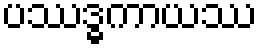
ပဿဒ္ဓကာယဿ